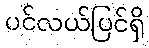
ပင်လယ်ပြင်ရှိ